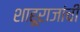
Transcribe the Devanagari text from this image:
शाहूराजांची